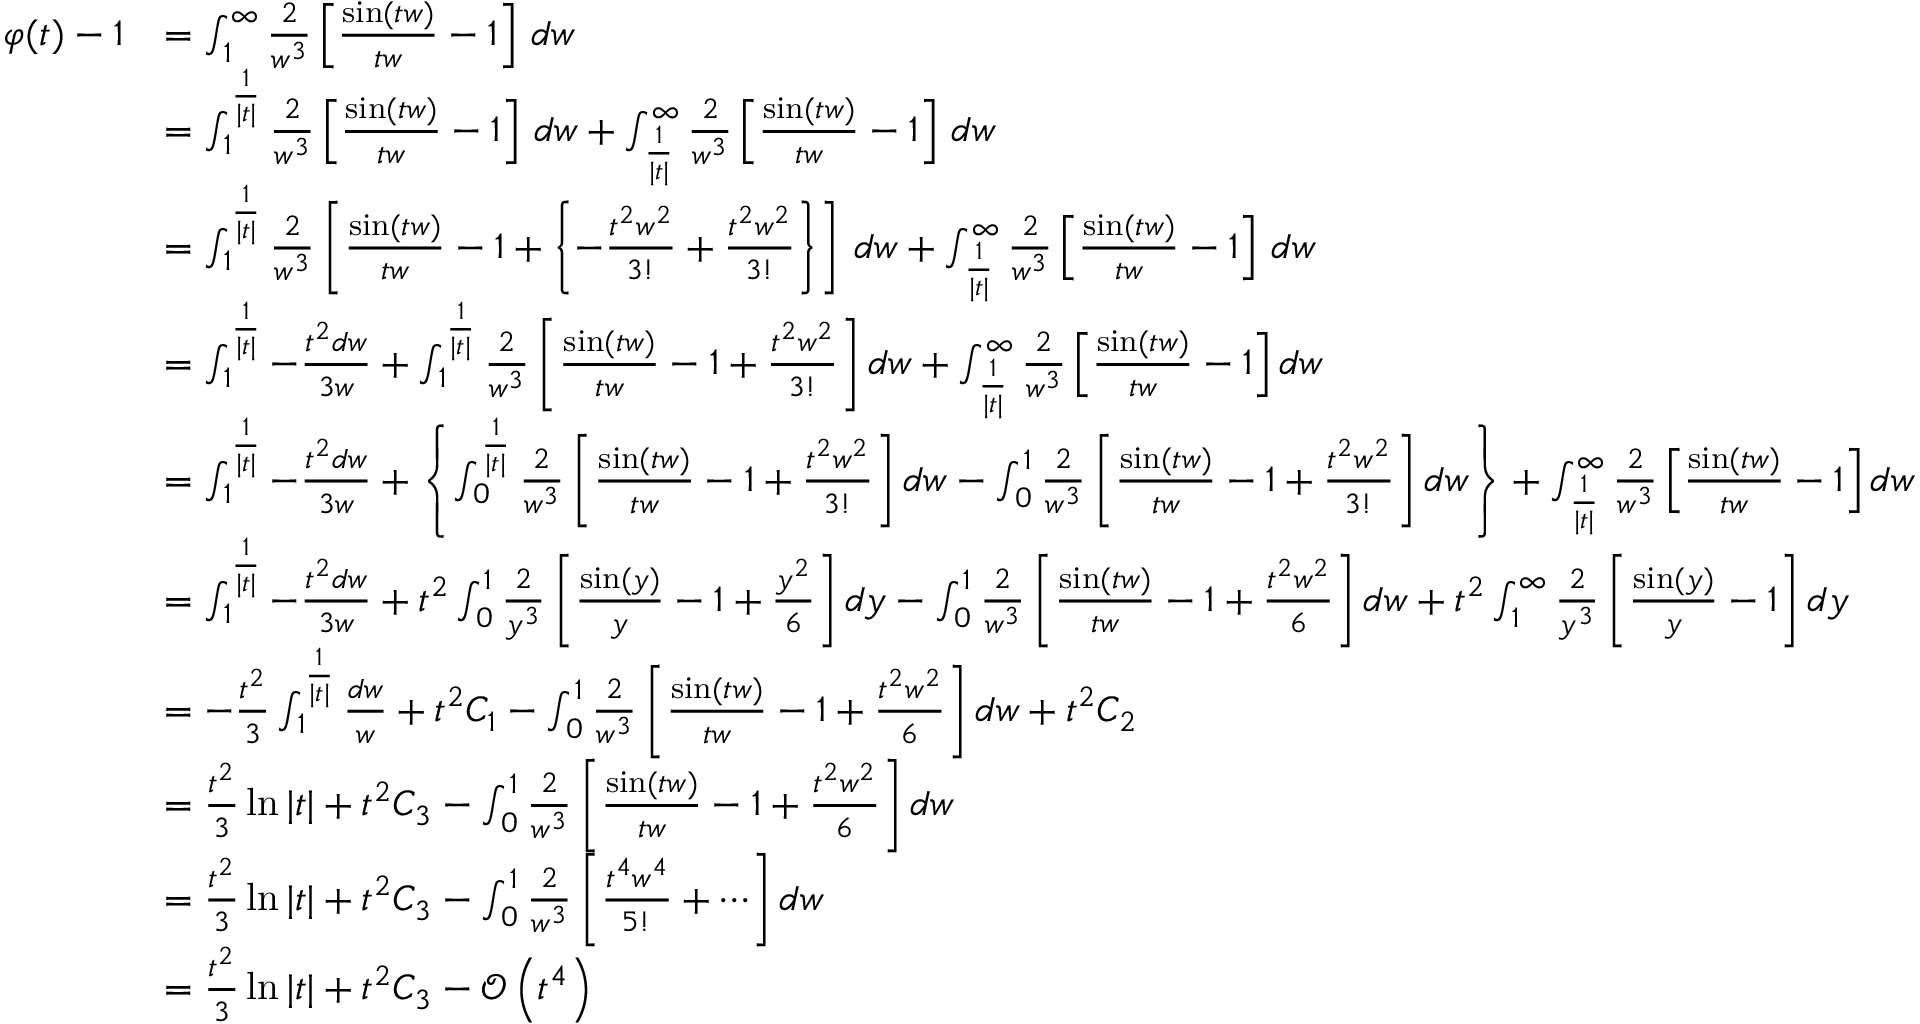
{ \begin{array} { r l } { \varphi ( t ) - 1 } & { = \int _ { 1 } ^ { \infty } { \frac { 2 } { w ^ { 3 } } } \left[ { \frac { \sin ( t w ) } { t w } } - 1 \right] \, d w } \\ & { = \int _ { 1 } ^ { \frac { 1 } { | t | } } { \frac { 2 } { w ^ { 3 } } } \left[ { \frac { \sin ( t w ) } { t w } } - 1 \right] \, d w + \int _ { \frac { 1 } { | t | } } ^ { \infty } { \frac { 2 } { w ^ { 3 } } } \left[ { \frac { \sin ( t w ) } { t w } } - 1 \right] \, d w } \\ & { = \int _ { 1 } ^ { \frac { 1 } { | t | } } { \frac { 2 } { w ^ { 3 } } } \left[ { \frac { \sin ( t w ) } { t w } } - 1 + \left\{ - { \frac { t ^ { 2 } w ^ { 2 } } { 3 ! } } + { \frac { t ^ { 2 } w ^ { 2 } } { 3 ! } } \right\} \right] \, d w + \int _ { \frac { 1 } { | t | } } ^ { \infty } { \frac { 2 } { w ^ { 3 } } } \left[ { \frac { \sin ( t w ) } { t w } } - 1 \right] \, d w } \\ & { = \int _ { 1 } ^ { \frac { 1 } { | t | } } - { \frac { t ^ { 2 } d w } { 3 w } } + \int _ { 1 } ^ { \frac { 1 } { | t | } } { \frac { 2 } { w ^ { 3 } } } \left[ { \frac { \sin ( t w ) } { t w } } - 1 + { \frac { t ^ { 2 } w ^ { 2 } } { 3 ! } } \right] d w + \int _ { \frac { 1 } { | t | } } ^ { \infty } { \frac { 2 } { w ^ { 3 } } } \left[ { \frac { \sin ( t w ) } { t w } } - 1 \right] d w } \\ & { = \int _ { 1 } ^ { \frac { 1 } { | t | } } - { \frac { t ^ { 2 } d w } { 3 w } } + \left\{ \int _ { 0 } ^ { \frac { 1 } { | t | } } { \frac { 2 } { w ^ { 3 } } } \left[ { \frac { \sin ( t w ) } { t w } } - 1 + { \frac { t ^ { 2 } w ^ { 2 } } { 3 ! } } \right] d w - \int _ { 0 } ^ { 1 } { \frac { 2 } { w ^ { 3 } } } \left[ { \frac { \sin ( t w ) } { t w } } - 1 + { \frac { t ^ { 2 } w ^ { 2 } } { 3 ! } } \right] d w \right\} + \int _ { \frac { 1 } { | t | } } ^ { \infty } { \frac { 2 } { w ^ { 3 } } } \left[ { \frac { \sin ( t w ) } { t w } } - 1 \right] d w } \\ & { = \int _ { 1 } ^ { \frac { 1 } { | t | } } - { \frac { t ^ { 2 } d w } { 3 w } } + t ^ { 2 } \int _ { 0 } ^ { 1 } { \frac { 2 } { y ^ { 3 } } } \left[ { \frac { \sin ( y ) } { y } } - 1 + { \frac { y ^ { 2 } } { 6 } } \right] d y - \int _ { 0 } ^ { 1 } { \frac { 2 } { w ^ { 3 } } } \left[ { \frac { \sin ( t w ) } { t w } } - 1 + { \frac { t ^ { 2 } w ^ { 2 } } { 6 } } \right] d w + t ^ { 2 } \int _ { 1 } ^ { \infty } { \frac { 2 } { y ^ { 3 } } } \left[ { \frac { \sin ( y ) } { y } } - 1 \right] d y } \\ & { = - { \frac { t ^ { 2 } } { 3 } } \int _ { 1 } ^ { \frac { 1 } { | t | } } { \frac { d w } { w } } + t ^ { 2 } C _ { 1 } - \int _ { 0 } ^ { 1 } { \frac { 2 } { w ^ { 3 } } } \left[ { \frac { \sin ( t w ) } { t w } } - 1 + { \frac { t ^ { 2 } w ^ { 2 } } { 6 } } \right] d w + t ^ { 2 } C _ { 2 } } \\ & { = { \frac { t ^ { 2 } } { 3 } } \ln | t | + t ^ { 2 } C _ { 3 } - \int _ { 0 } ^ { 1 } { \frac { 2 } { w ^ { 3 } } } \left[ { \frac { \sin ( t w ) } { t w } } - 1 + { \frac { t ^ { 2 } w ^ { 2 } } { 6 } } \right] d w } \\ & { = { \frac { t ^ { 2 } } { 3 } } \ln | t | + t ^ { 2 } C _ { 3 } - \int _ { 0 } ^ { 1 } { \frac { 2 } { w ^ { 3 } } } \left[ { \frac { t ^ { 4 } w ^ { 4 } } { 5 ! } } + \cdots \right] d w } \\ & { = { \frac { t ^ { 2 } } { 3 } } \ln | t | + t ^ { 2 } C _ { 3 } - { \mathcal { O } } \left( t ^ { 4 } \right) } \end{array} }